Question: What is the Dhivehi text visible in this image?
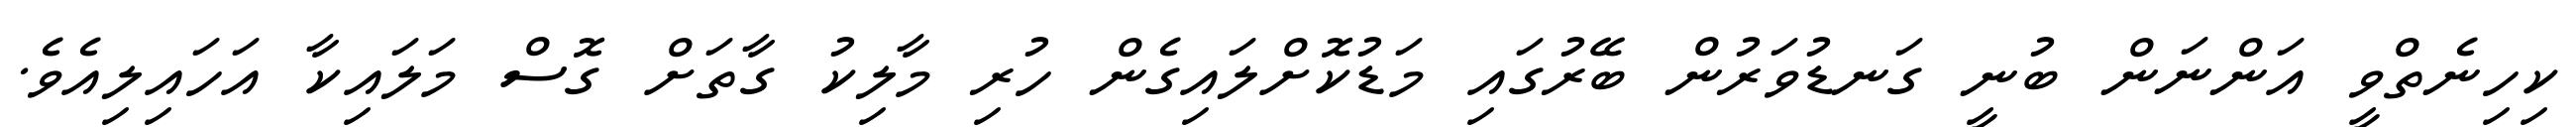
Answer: ކިހިނެތްވީ އަންނަން ބުނީ ގަނޑުވަރުން ބޭރުގައި މަޑުކޮށްލައިގެން ހުރި މާލިކު ގާތަށް ގޮސް މަލައިކާ އަހައިލިއެވެ.